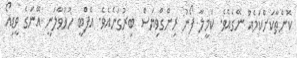
ކޮންތާކަށްކަމެއް ނޭގެއެވެ. ކަމީލާ ފޯނު ރިންގްވިޔަސް ބިރުގަނެއެވެ. އެފްބީ ހުޅުވާލަނީ އޭނަގެ ވީޑިއޯ